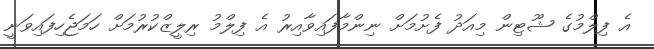
އެ ފިލްމުގެ ޝޫޓިން މިއަދު ފެށުމަށް ނިންމާފައިވާއިރު އެ ފިލްމު ރިލީޒްކުރުމަށް ހަމަޖެހިފައިވަނީ